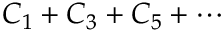
C _ { 1 } + C _ { 3 } + C _ { 5 } + \cdots